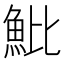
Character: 魮